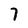
Character: 7